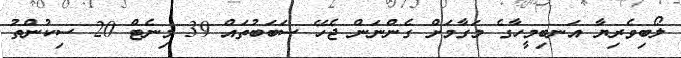
ލޯބިވެރިޔާ އަނބިމީހާގެ މަގާމަށް ގެންނަން ޖެހޭ ސަބަބުތައް 39 މިނެޓް 20 ސިކުންތު